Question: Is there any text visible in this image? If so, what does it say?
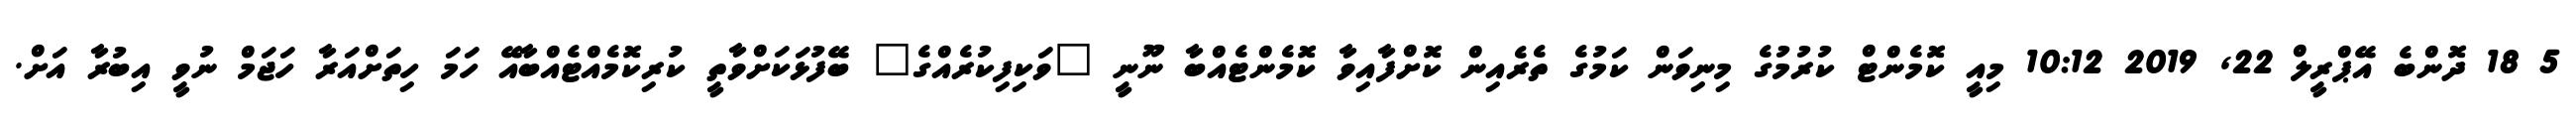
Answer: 5 18 ދޮންބެ އޭޕްރީލް 22, 2019 10:12 މިއީ ކޮމެންޓް ކުރުމުގެ މިނިވަން ކަމުގެ ތެރެއިން ކޮށްފާއިވާ ކޮމެންޓެއްބާ ނޫނީ "ވަކިފިކުރެއްގެ" ބޭފުޅަކަށްވާތީ ކުރިކޮމެއްޓެއްބާއޭ ހަމަ ހިތަށްއަރާ ހަޖަމް ނުވީ އިބުރާ އަށް.